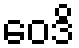
ဝေဒိ